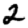
Digit: 2